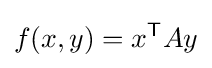
f(x,y)=x^{\mathsf {T}}Ay